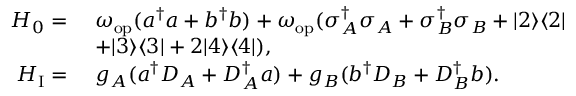
\begin{array} { r l } { H _ { 0 } = } & { ~ \omega _ { \mathrm { o p } } ( a ^ { \dagger } a + b ^ { \dagger } b ) + \omega _ { \mathrm { o p } } ( \sigma _ { A } ^ { \dagger } \sigma _ { A } + \sigma _ { B } ^ { \dagger } \sigma _ { B } + | 2 \rangle \langle 2 | } \\ & { ~ + | 3 \rangle \langle 3 | + 2 | 4 \rangle \langle 4 | ) , } \\ { H _ { \mathrm { I } } = } & { ~ g _ { A } ( a ^ { \dagger } D _ { A } + D _ { A } ^ { \dagger } a ) + g _ { B } ( b ^ { \dagger } D _ { B } + D _ { B } ^ { \dagger } b ) . } \end{array}